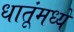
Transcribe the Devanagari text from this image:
धातूंमध्ये